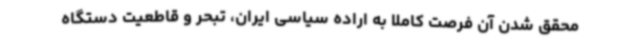
محقق شدن آن فرصت کاملا به اراده سیاسی ایران، تبحر و قاطعیت دستگاه